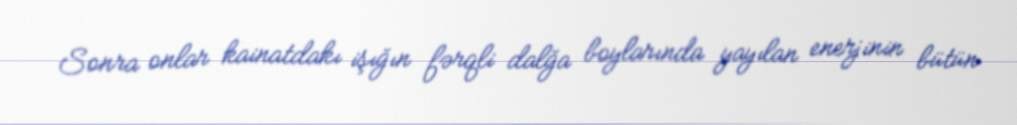
Sonra onlar kainatdakı işığın fərqli dalğa boylarında yayılan enerjinin bütün